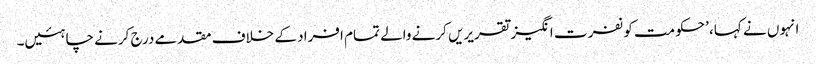
انہوں نے کہا، ’حکومت کو نفرت انگیز تقریریں کرنے والے تمام افراد کے خلاف مقدمے درج کرنے چاہئیں۔